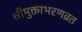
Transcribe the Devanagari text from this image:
श्रीमुक्ताभरणव्रत